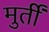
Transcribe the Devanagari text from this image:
मुर्तीं